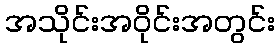
အသိုင်းအဝိုင်းအတွင်း